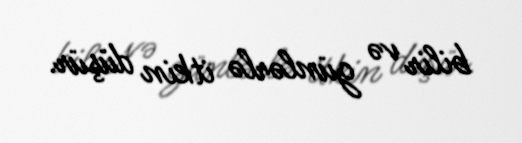
bilir və günlərlə itkin düşür.